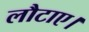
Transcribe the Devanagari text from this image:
लौटाए।